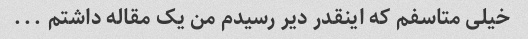
خیلی متاسفم که اینقدر دیر رسیدم من یک مقاله داشتم ...